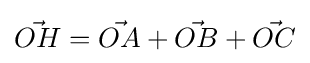
{\vec {OH}}={\vec {OA}}+{\vec {OB}}+{\vec {OC}}